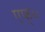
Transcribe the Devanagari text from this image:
एफ्‌०